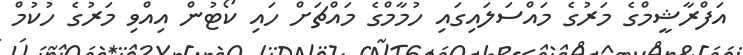
އަފްރާޝީމްގެ މަރުގެ މައްސަލައިގައި ހުމާމްގެ މައްޗަށް ހައި ކޯޓުން އިއްވި މަރުގެ ހުކުމް